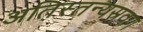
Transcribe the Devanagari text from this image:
अतिस्तन्यस्रवण